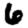
Digit: 6